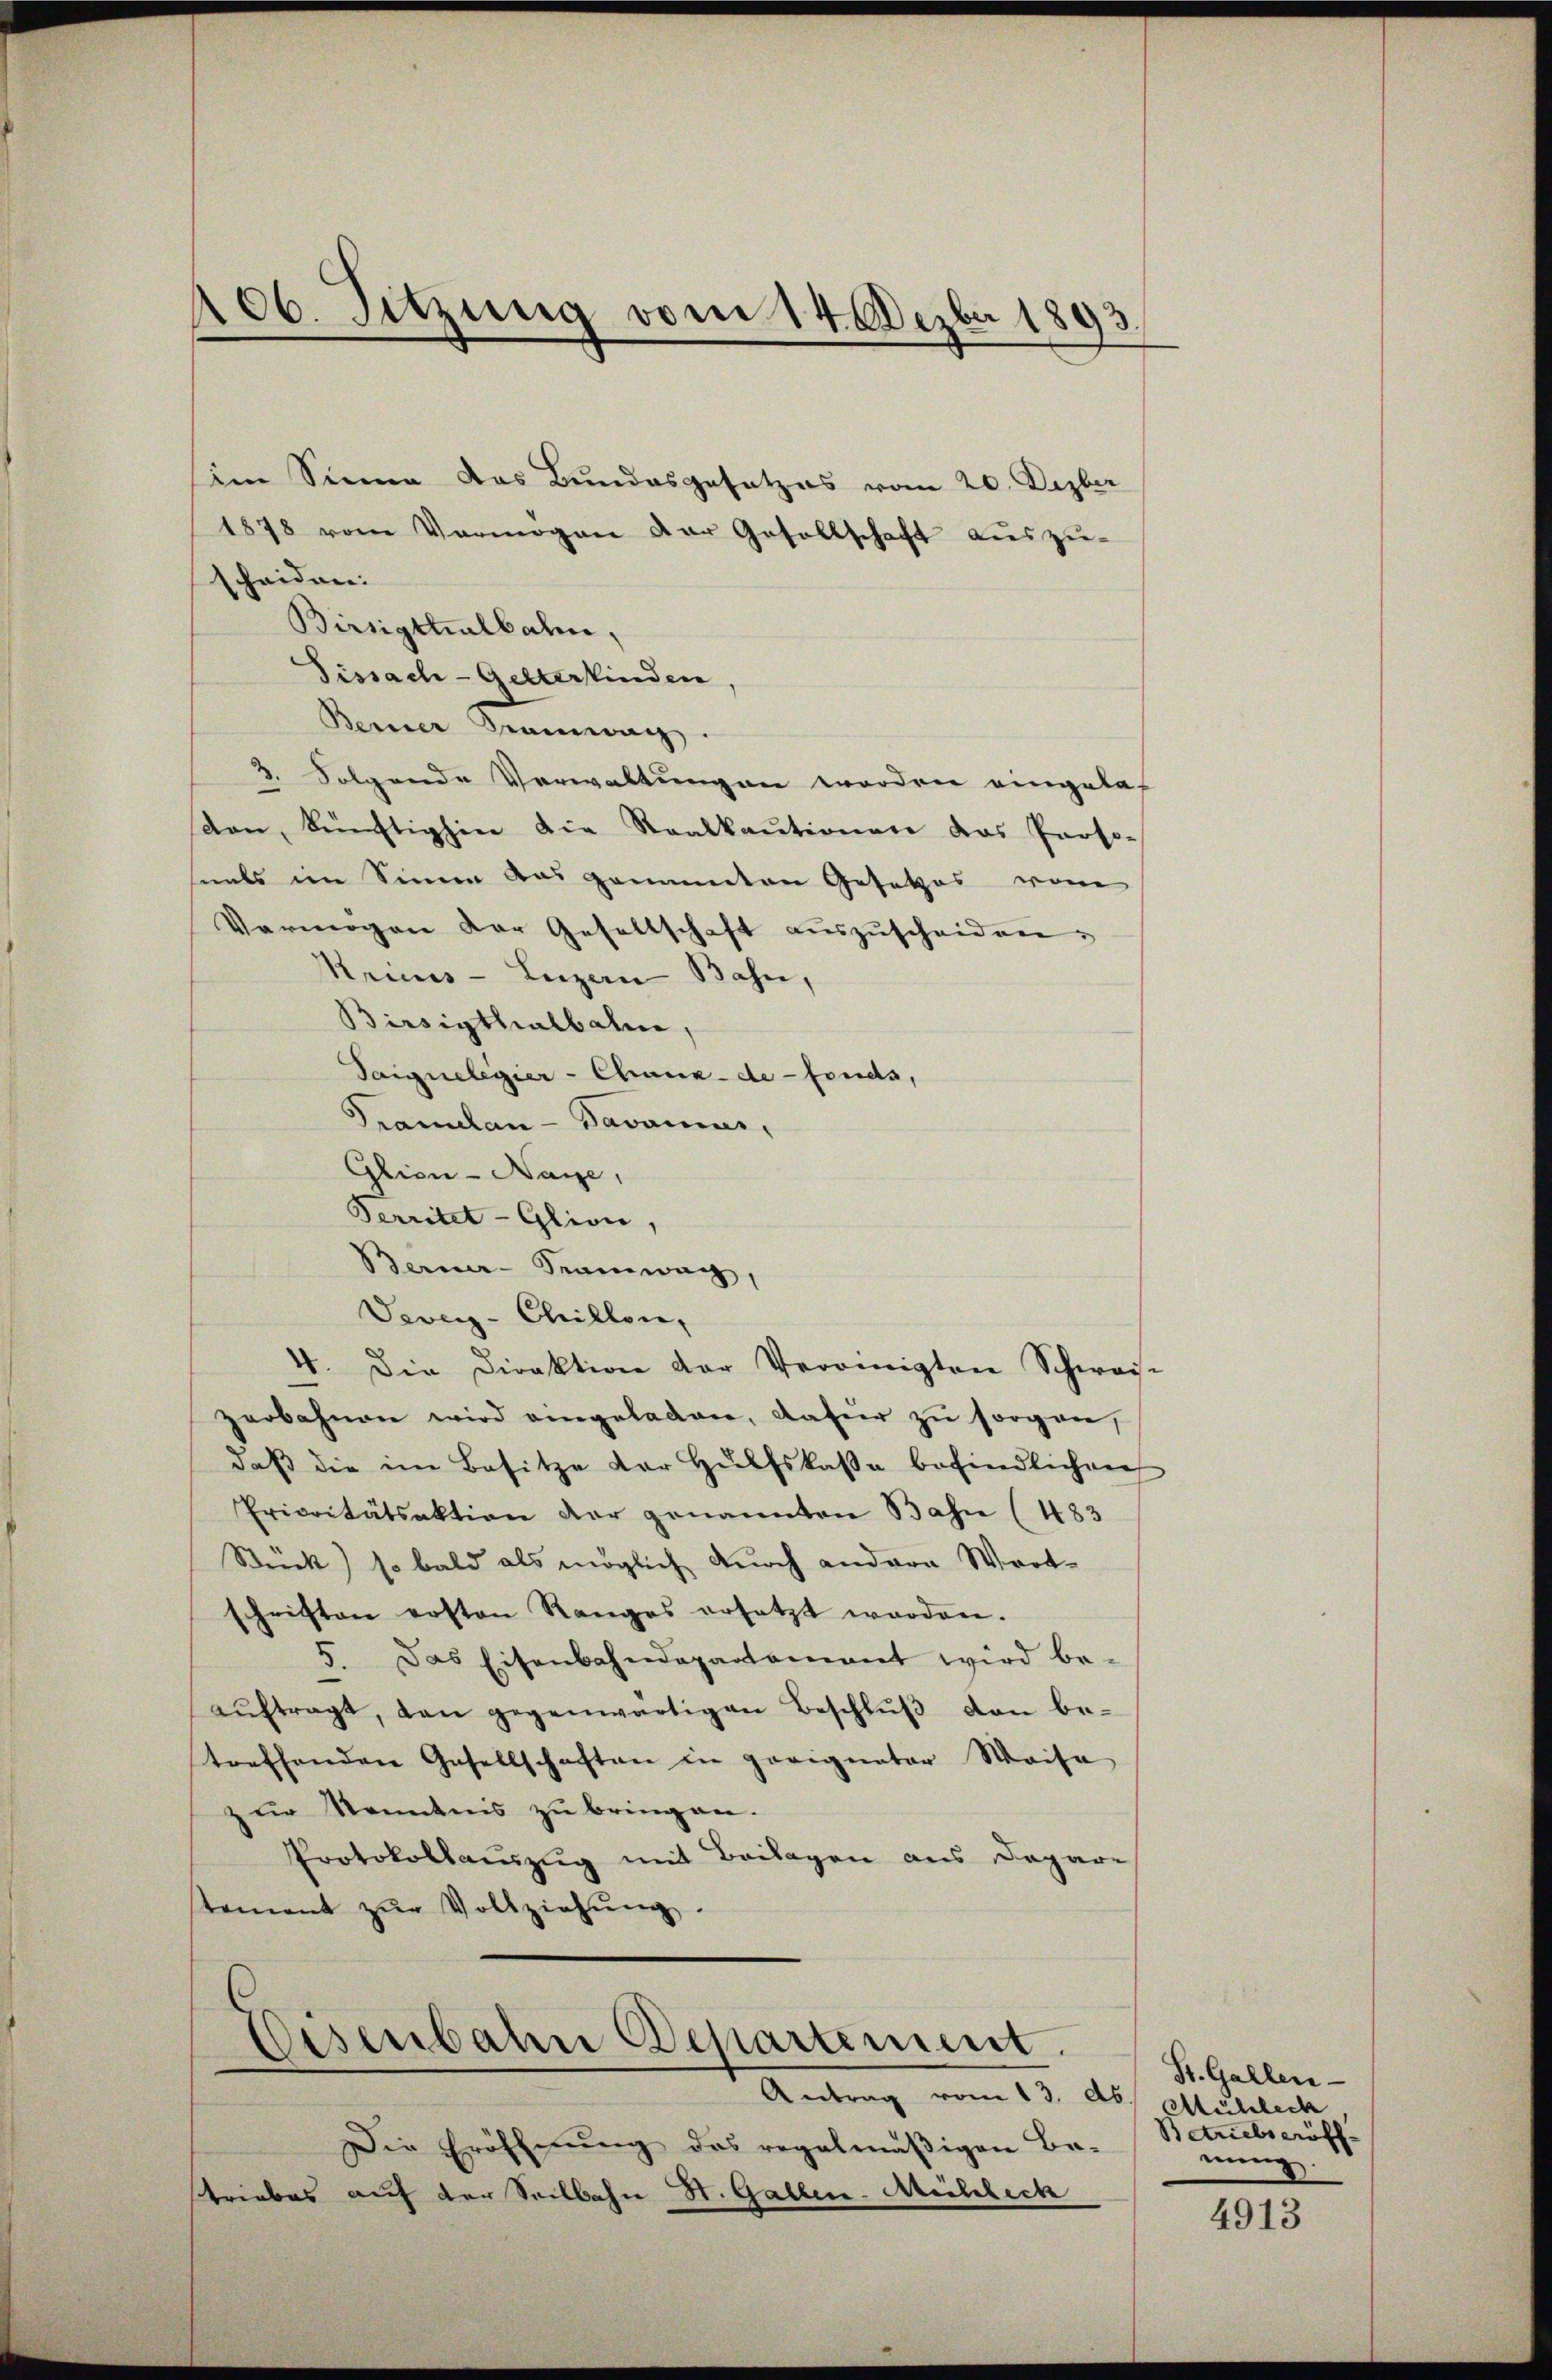
106. Sitzung vom 14. Dezbr 1893.

im Sinne das Bundesgesetzes vom 20. Dezber
1878 vom Vermögen der Gesellschaft auszu-
scheiden:
Birsigthalbahn,
Fissach- Gelterkinden,
Berner Tramwach
3. Folgende Verwaltungen worden eingelas
den, künftighin die Stralkautionen das Perso-
smals im Sinne das genannten Gesetzes vom
Vermögen der Gesellschaft auszuscheiden.
Kruus-Luzan Bahn,
Birsigthalbahn,
Saignelegier-Chaux-de-Fonds,
Pramelan-Davonier,
Glion - Nase,
Territet-Glion,
Berner-Tramwag,
Veveyz-Chillone,
4. Die Direktion der Veronigten Schweis-
zerbahnen wird angeladen, dafür zŭ sorgen,
daβ die im Besitze der Hülfskasse befindlichen
Erivitätsaktion der genannten Bahn (483
Stuck) so bald als möglich durch andere Wortschriften ersten Ranges ersetzt worden.
5. Das Eisenbahndepartament wird be-
aŭftragt, dan gegenwärtigen Beschlŭβ den be-
treffenden Gesellschaften in geeigneter Waise
zur Kenntnis zu bringen.
Protokollauszug mit Beilagen aus Dapare
tement zŭr Vollziehŭng.
.

Eisenbahn Departement.
Antrag vom 13. d. Mühlech

Die Eröffnung des regelmäßigen Be-
triebes auf der Seilbahn St. Gallen-Michlech

St. Gallen-
Betriebseröff
nung.

4913